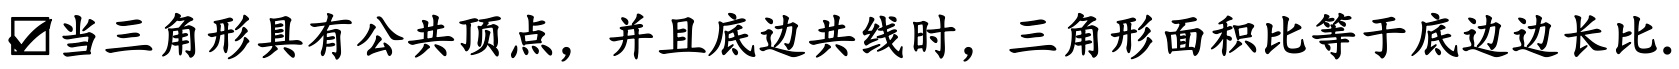
$\boxed{√}$当三角形具有公共顶点，并且底边共线时，三角形面积比等于底边边长比.